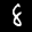
Label: 8